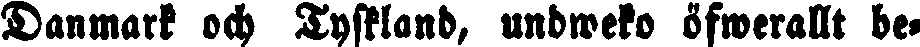
Danmark och Tyskland, undweko öfwerallt be-